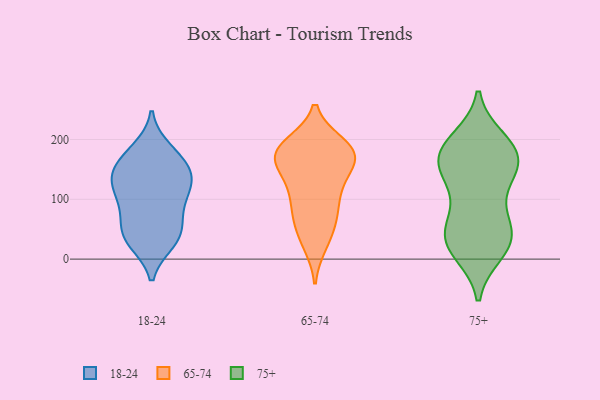
{"axis": {"x": "Shipments", "y": "Value"}, "legend": ["18-24", "65-74", "75+"], "data": [{"x": "", "y": 111, "type": "18-24"}, {"x": "", "y": 89, "type": "18-24"}, {"x": "", "y": 28, "type": "18-24"}, {"x": "", "y": 73, "type": "18-24"}, {"x": "", "y": 119, "type": "18-24"}, {"x": "", "y": 29, "type": "18-24"}, {"x": "", "y": 153, "type": "18-24"}, {"x": "", "y": 153, "type": "18-24"}, {"x": "", "y": 178, "type": "18-24"}, {"x": "", "y": 35, "type": "18-24"}, {"x": "", "y": 135, "type": "18-24"}, {"x": "", "y": 155, "type": "18-24"}, {"x": "", "y": 111, "type": "18-24"}, {"x": "", "y": 184, "type": "18-24"}, {"x": "", "y": 45, "type": "18-24"}, {"x": "", "y": 133, "type": "18-24"}, {"x": "", "y": 57, "type": "18-24"}, {"x": "", "y": 90, "type": "65-74"}, {"x": "", "y": 155, "type": "65-74"}, {"x": "", "y": 181, "type": "65-74"}, {"x": "", "y": 170, "type": "65-74"}, {"x": "", "y": 173, "type": "65-74"}, {"x": "", "y": 192, "type": "65-74"}, {"x": "", "y": 175, "type": "65-74"}, {"x": "", "y": 119, "type": "65-74"}, {"x": "", "y": 129, "type": "65-74"}, {"x": "", "y": 157, "type": "65-74"}, {"x": "", "y": 79, "type": "65-74"}, {"x": "", "y": 61, "type": "65-74"}, {"x": "", "y": 189, "type": "65-74"}, {"x": "", "y": 189, "type": "65-74"}, {"x": "", "y": 114, "type": "65-74"}, {"x": "", "y": 31, "type": "65-74"}, {"x": "", "y": 174, "type": "65-74"}, {"x": "", "y": 25, "type": "65-74"}, {"x": "", "y": 66, "type": "65-74"}, {"x": "", "y": 200, "type": "75+"}, {"x": "", "y": 154, "type": "75+"}, {"x": "", "y": 43, "type": "75+"}, {"x": "", "y": 122, "type": "75+"}, {"x": "", "y": 22, "type": "75+"}, {"x": "", "y": 192, "type": "75+"}, {"x": "", "y": 89, "type": "75+"}, {"x": "", "y": 59, "type": "75+"}, {"x": "", "y": 177, "type": "75+"}, {"x": "", "y": 158, "type": "75+"}, {"x": "", "y": 135, "type": "75+"}, {"x": "", "y": 195, "type": "75+"}, {"x": "", "y": 11, "type": "75+"}, {"x": "", "y": 47, "type": "75+"}, {"x": "", "y": 11, "type": "75+"}, {"x": "", "y": 174, "type": "75+"}, {"x": "", "y": 151, "type": "75+"}, {"x": "", "y": 169, "type": "75+"}, {"x": "", "y": 41, "type": "75+"}, {"x": "", "y": 36, "type": "75+"}]}